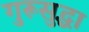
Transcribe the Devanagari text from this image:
गुरूसुद्धा